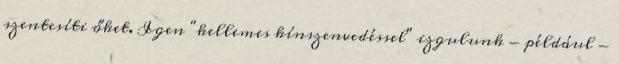
szentesíti őket. Igen "kellemes kínszenvedéssel" izgulunk - például -